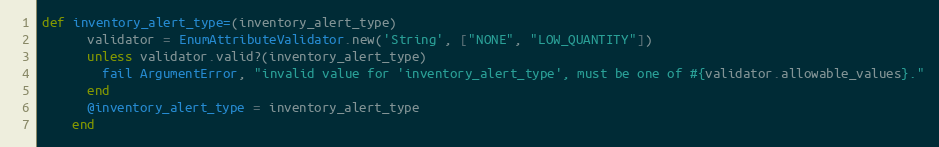
Language: Ruby
def inventory_alert_type=(inventory_alert_type)
      validator = EnumAttributeValidator.new('String', ["NONE", "LOW_QUANTITY"])
      unless validator.valid?(inventory_alert_type)
        fail ArgumentError, "invalid value for 'inventory_alert_type', must be one of #{validator.allowable_values}."
      end
      @inventory_alert_type = inventory_alert_type
    end